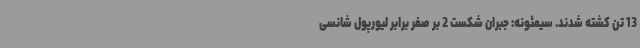
13 تن کشته شدند. سیمئونه: جبران شکست 2 بر صفر برابر لیورپول شانسی